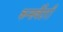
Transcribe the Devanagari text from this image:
कन्सर्वेटरी